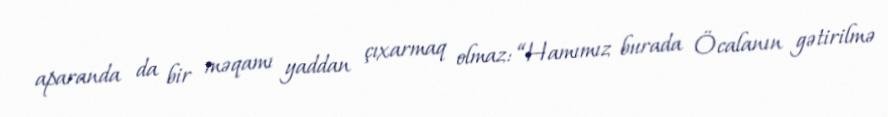
aparanda da bir məqamı yaddan çıxarmaq olmaz: “Hamımız burada Öcalanın gətirilmə